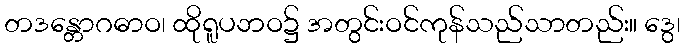
တဒန္တောဂဓာဝ၊ ထိုရူပဘဝ၌ အတွင်းဝင်ကုန်သည်သာတည်း။ ဒွေ၊